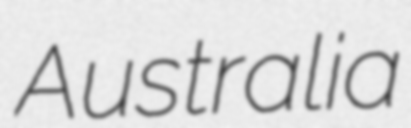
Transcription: Australia